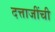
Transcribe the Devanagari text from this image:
दत्ताजींची